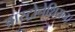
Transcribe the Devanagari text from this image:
आस्ट्रोनेशियन।